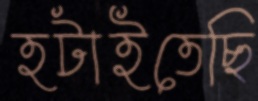
হটাইতেছি